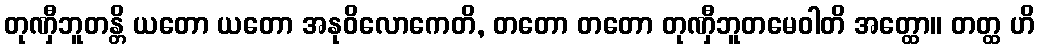
တုဏှီဘူတန္တိ ယတော ယတော အနုဝိလောကေတိ, တတော တတော တုဏှီဘူတမေဝါတိ အတ္ထော။ တတ္ထ ဟိ